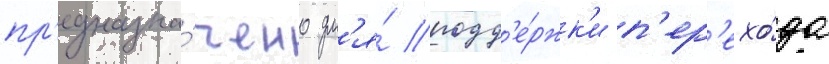
пр'едназна́чено дл'я́ подд'е́ржк'и п'ер'ехо́да